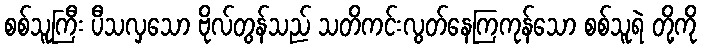
စစ်သူကြီး ပီသလှသော ဗိုလ်တွန်သည် သတိကင်းလွတ်နေကြကုန်သော စစ်သူရဲ တို့ကို